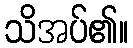
သိအပ်၏။